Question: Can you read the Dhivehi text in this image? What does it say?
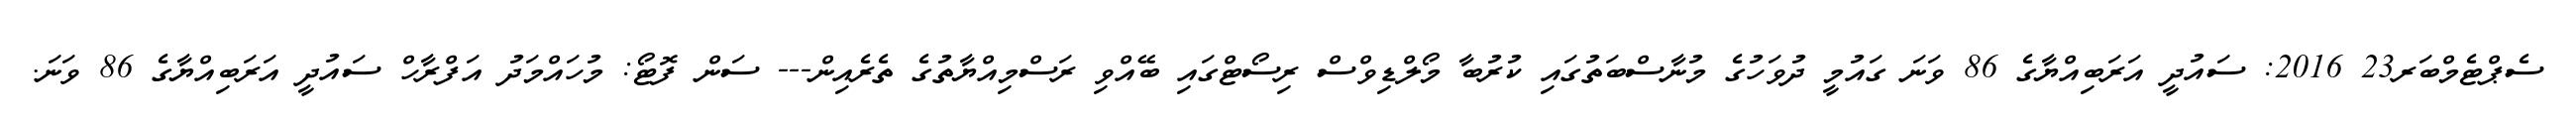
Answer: ސެޕްޓެމްބަރ23 2016: ސައުދީ އަރަބިއްޔާގެ 86 ވަނަ ގައުމީ ދުވަހުގެ މުނާސްބަތުގައި ކުރުބާ މޯލްޑިވްސް ރިސޯޓްގައި ބޭއްވި ރަސްމިއްޔާތުގެ ތެރެއިން--- ސަން ފޮޓޯ: މުހައްމަދު އަފްރާހް ސައުދީ އަރަބިއްޔާގެ 86 ވަނަ.